Report on plague and inoculation in the Punjab from October 1st ... to September 30th..., being the ... season of plague in the province
Disease focus: Plague
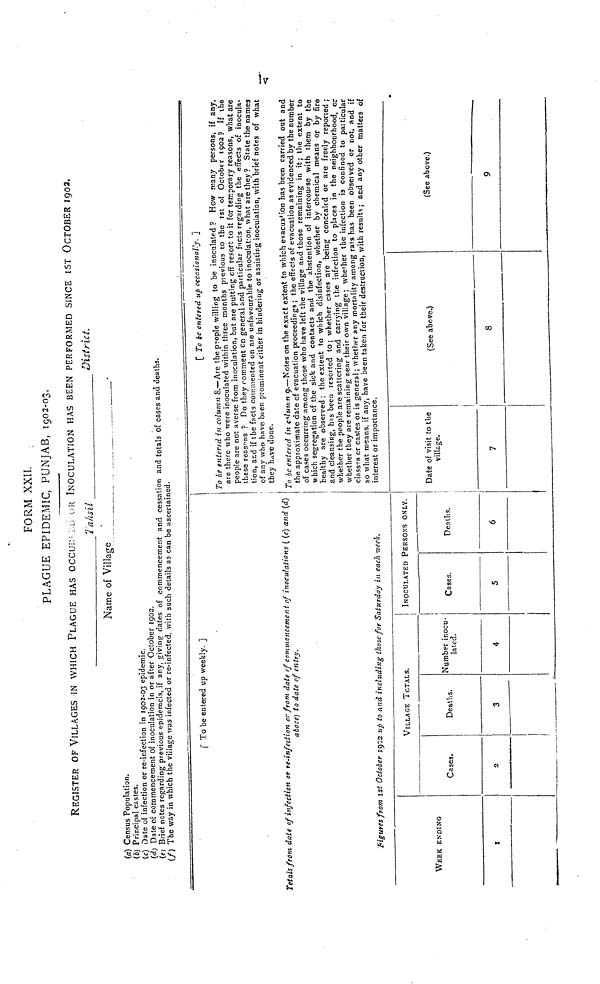
FORM XXII.
PLAGUE EPIDEMIC, PUNJAB, 1902-03.
REGISTER OF VILLAGES IN WHICH PLAGUE HAS OCCURING OR INOCULATION HAS BEEN PERFORMED SINCE IST OCTOBER 1902.
Tahsil
District.
Name of Village
.
(a) Census Population.
(b) Principal castes.
(c) Date of infection or re-infection in 1902-03 epidemic.
(d) Date of commencement of inoculation in or after October 1902.
(e) Brief notes regarding previous epidemcis, if any, giving dates of commencement and cessation and totals of cases and deaths.
(f) The way in which the village was infected or re-infected, with such details as can be ascertained.
[ To be entered up weekly. ]
Totals from date of infection or re-infection or from date of commencement of inoculations ( (c) and (d)
above) to date of entry.
Figures from 1st October 1902 up to and including those for Saturday in each week.
[ To be entered up occasionally. 1
To be entered in column 8.— Are the people willing to be inoculated? How many persons, if any,
are there who were inoculated within three months previous to the 1st of October 1902? If the
people are not averse from inoculation, but are putting off resort to it for temporary reasons, what are
these reasons ? Do they comment on general and particular facts regarding the effects of inocula-
tion, and if the facts commented on are unfavourable to inoculation, what are they ? State the names
of any who have been prominent either in hindering or assisting inoculation, with brief notes of what
they have done.
To be entered in column 9,—Notes on the exact extent to which evacuation has been carried out and
the approximate date of evacuation proceedings ; the effects of evacuation as evidenced by the number
of cases occurring among those who have left the village and those remaining in it; the extent to
which segregation of the sick and contacts and the abstention of intercourse with them by the
healthy are observed; the extent to which disinfection, whether by chemical means or by fire
and cleansing, has been resorted to; whether cases are being concealed or are freely reported;
whether the people are scattering and carrying the infection to places in the neighbourhood, or
whether they are remaining near their own village; whether the infection is confined to particular
classes or castes or is general; whether any mortality among rats has been observed or not, and if
so what means, if any, have been taken for their destruction, with results ; and any other matters of
interest or importance.
WEEK ENDING
1
VILLAGE TOTALS.
Cases.
2
Deaths.
3
!
Number inocu-
lated.
4
INOCULATED PERSONS ONLY.
Cases.
5
Deaths.
6
Date of visit to the
village.
7
(See above.)
8
(See above.)
9